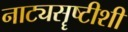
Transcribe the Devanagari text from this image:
नाट्यसॄष्टीशी